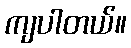
ကျပါတယ်။